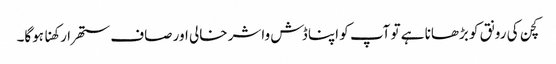
کچن کی رونق کو بڑھانا ہے تو آپ کو اپنا ڈش واشر خالی اور صاف ستھرا رکھنا ہوگا۔